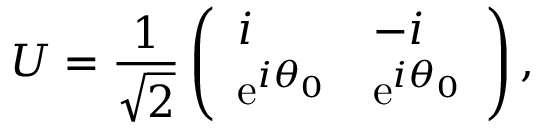
U = { \frac { 1 } { \sqrt { 2 } } } \left( \begin{array} { l l } { { i } } & { { - i } } \\ { { \mathrm { e } ^ { i \theta _ { 0 } } } } & { { \mathrm { e } ^ { i \theta _ { 0 } } } } \end{array} \right) ,